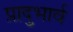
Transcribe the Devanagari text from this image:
प्रादुभार्व